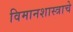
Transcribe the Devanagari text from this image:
विमानशास्त्राचे